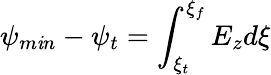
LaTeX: \psi_{m\mathit{i}n}-\psi_{t}=\int_{\xi_{t}}^{\xi_{f}}E_{z}d\xi